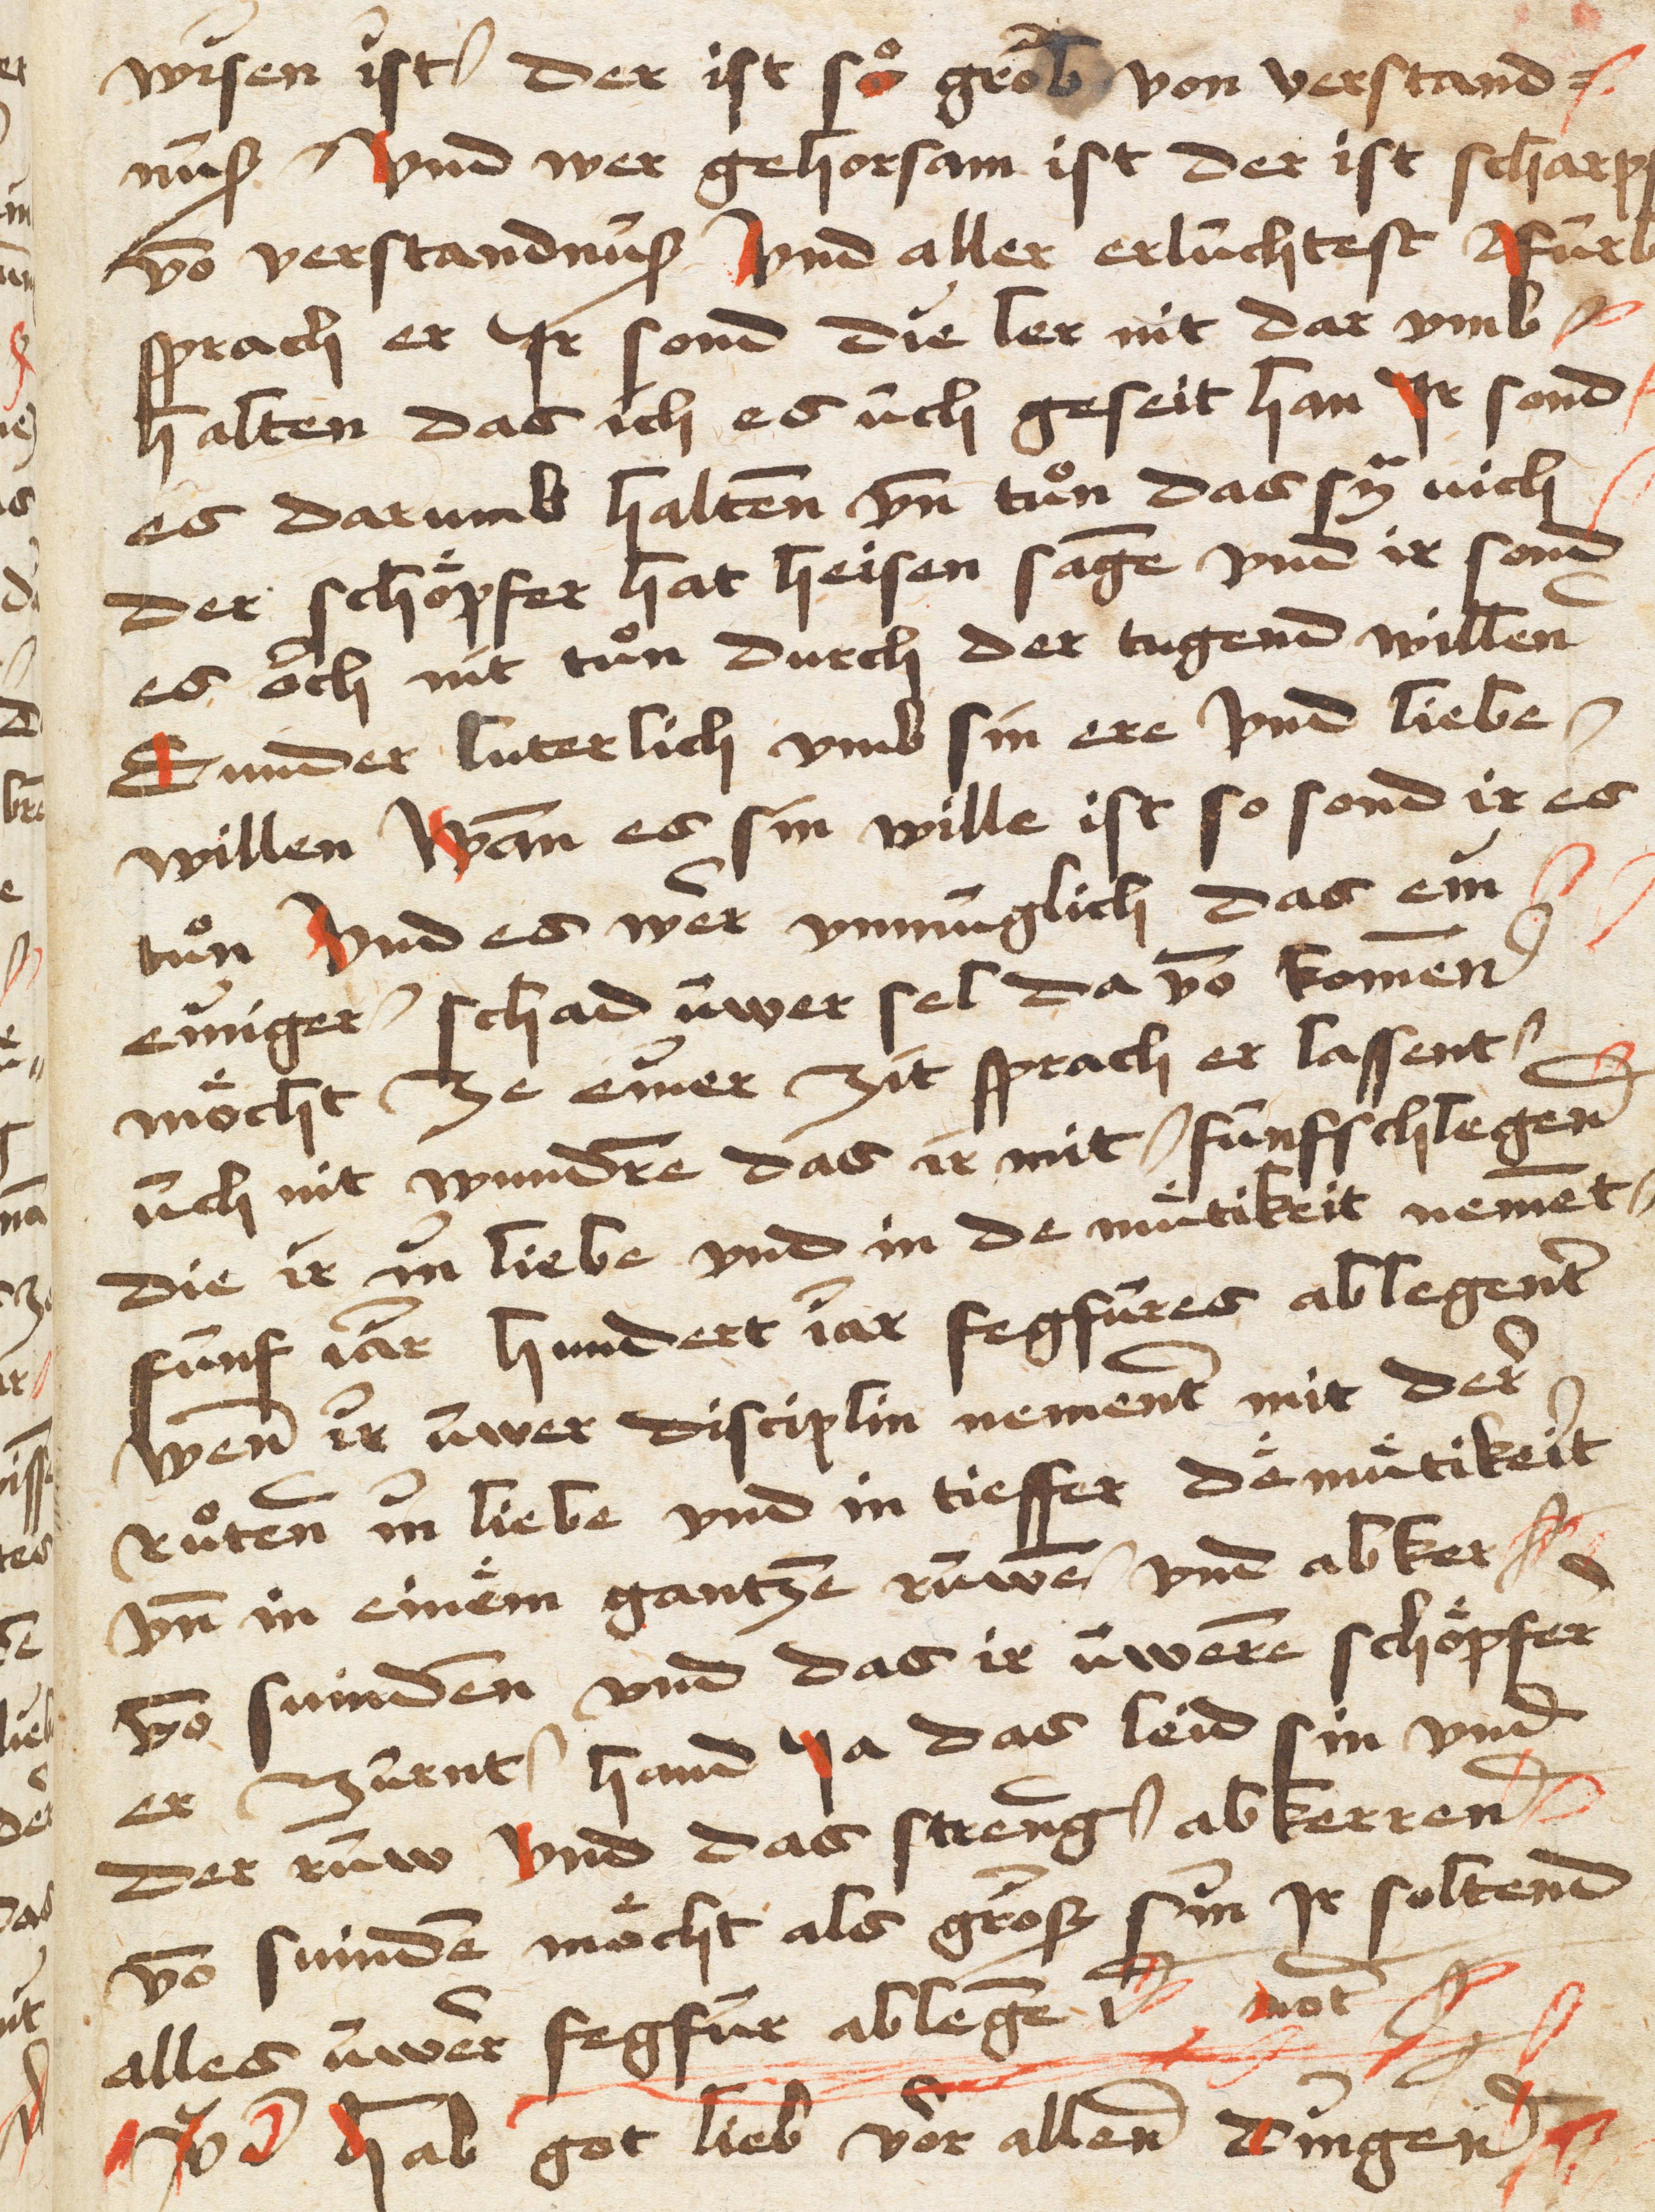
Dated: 1400–1499